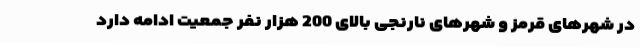
در شهرهای قرمز و شهرهای نارنجی بالای 200 هزار نفر جمعیت ادامه دارد